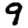
Digit: 9